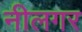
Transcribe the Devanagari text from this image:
नीलगर